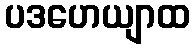
ပဒဟေယျာထ